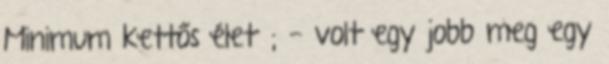
Minimum kettős életű; - volt egy jobb meg egy